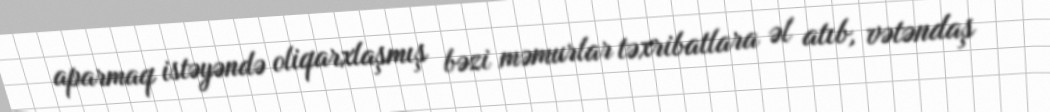
aparmaq istəyəndə oliqarxlaşmış bəzi məmurlar təxribatlara əl atıb, vətəndaş